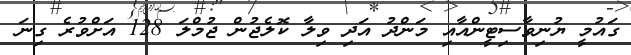
ގައުމީ ޔުނިވާސިޓީންއާއި މަންދު އަދި ވިލާ ކޮލެޖުން ޖުމްލަ 128 އަށްވުރެ ގިނަ